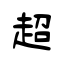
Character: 超